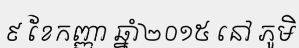
៩ ខែកញ្ញា ឆ្នាំ២០១៥ នៅ ភូមិ